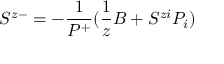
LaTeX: S ^ { z - } = - \frac { 1 } { P ^ { + } } ( \frac { 1 } { z } B + S ^ { z i } P _ { i } )